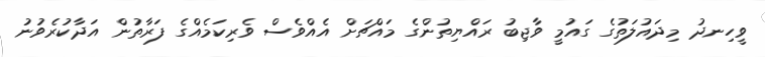
ވީހިނދު މިދައުލަތުގެ ގައުމީ ވާޖިބު ރައްޔިތުންގެ މައްޗަށް އެއްވެސް ވެރިކަމެއްގެ ފަރާތުން އަދާކުރެވުނު